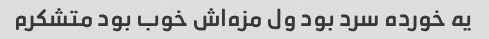
یه خورده سرد بود ول مزه‌اش خوب بود متشکرم